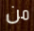
من